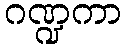
ဂဏ္ဍကာ